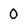
Character: 0